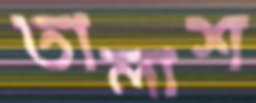
তালাশ